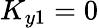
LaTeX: K_{y1}=0